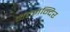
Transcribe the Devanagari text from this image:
नटमन्दिर